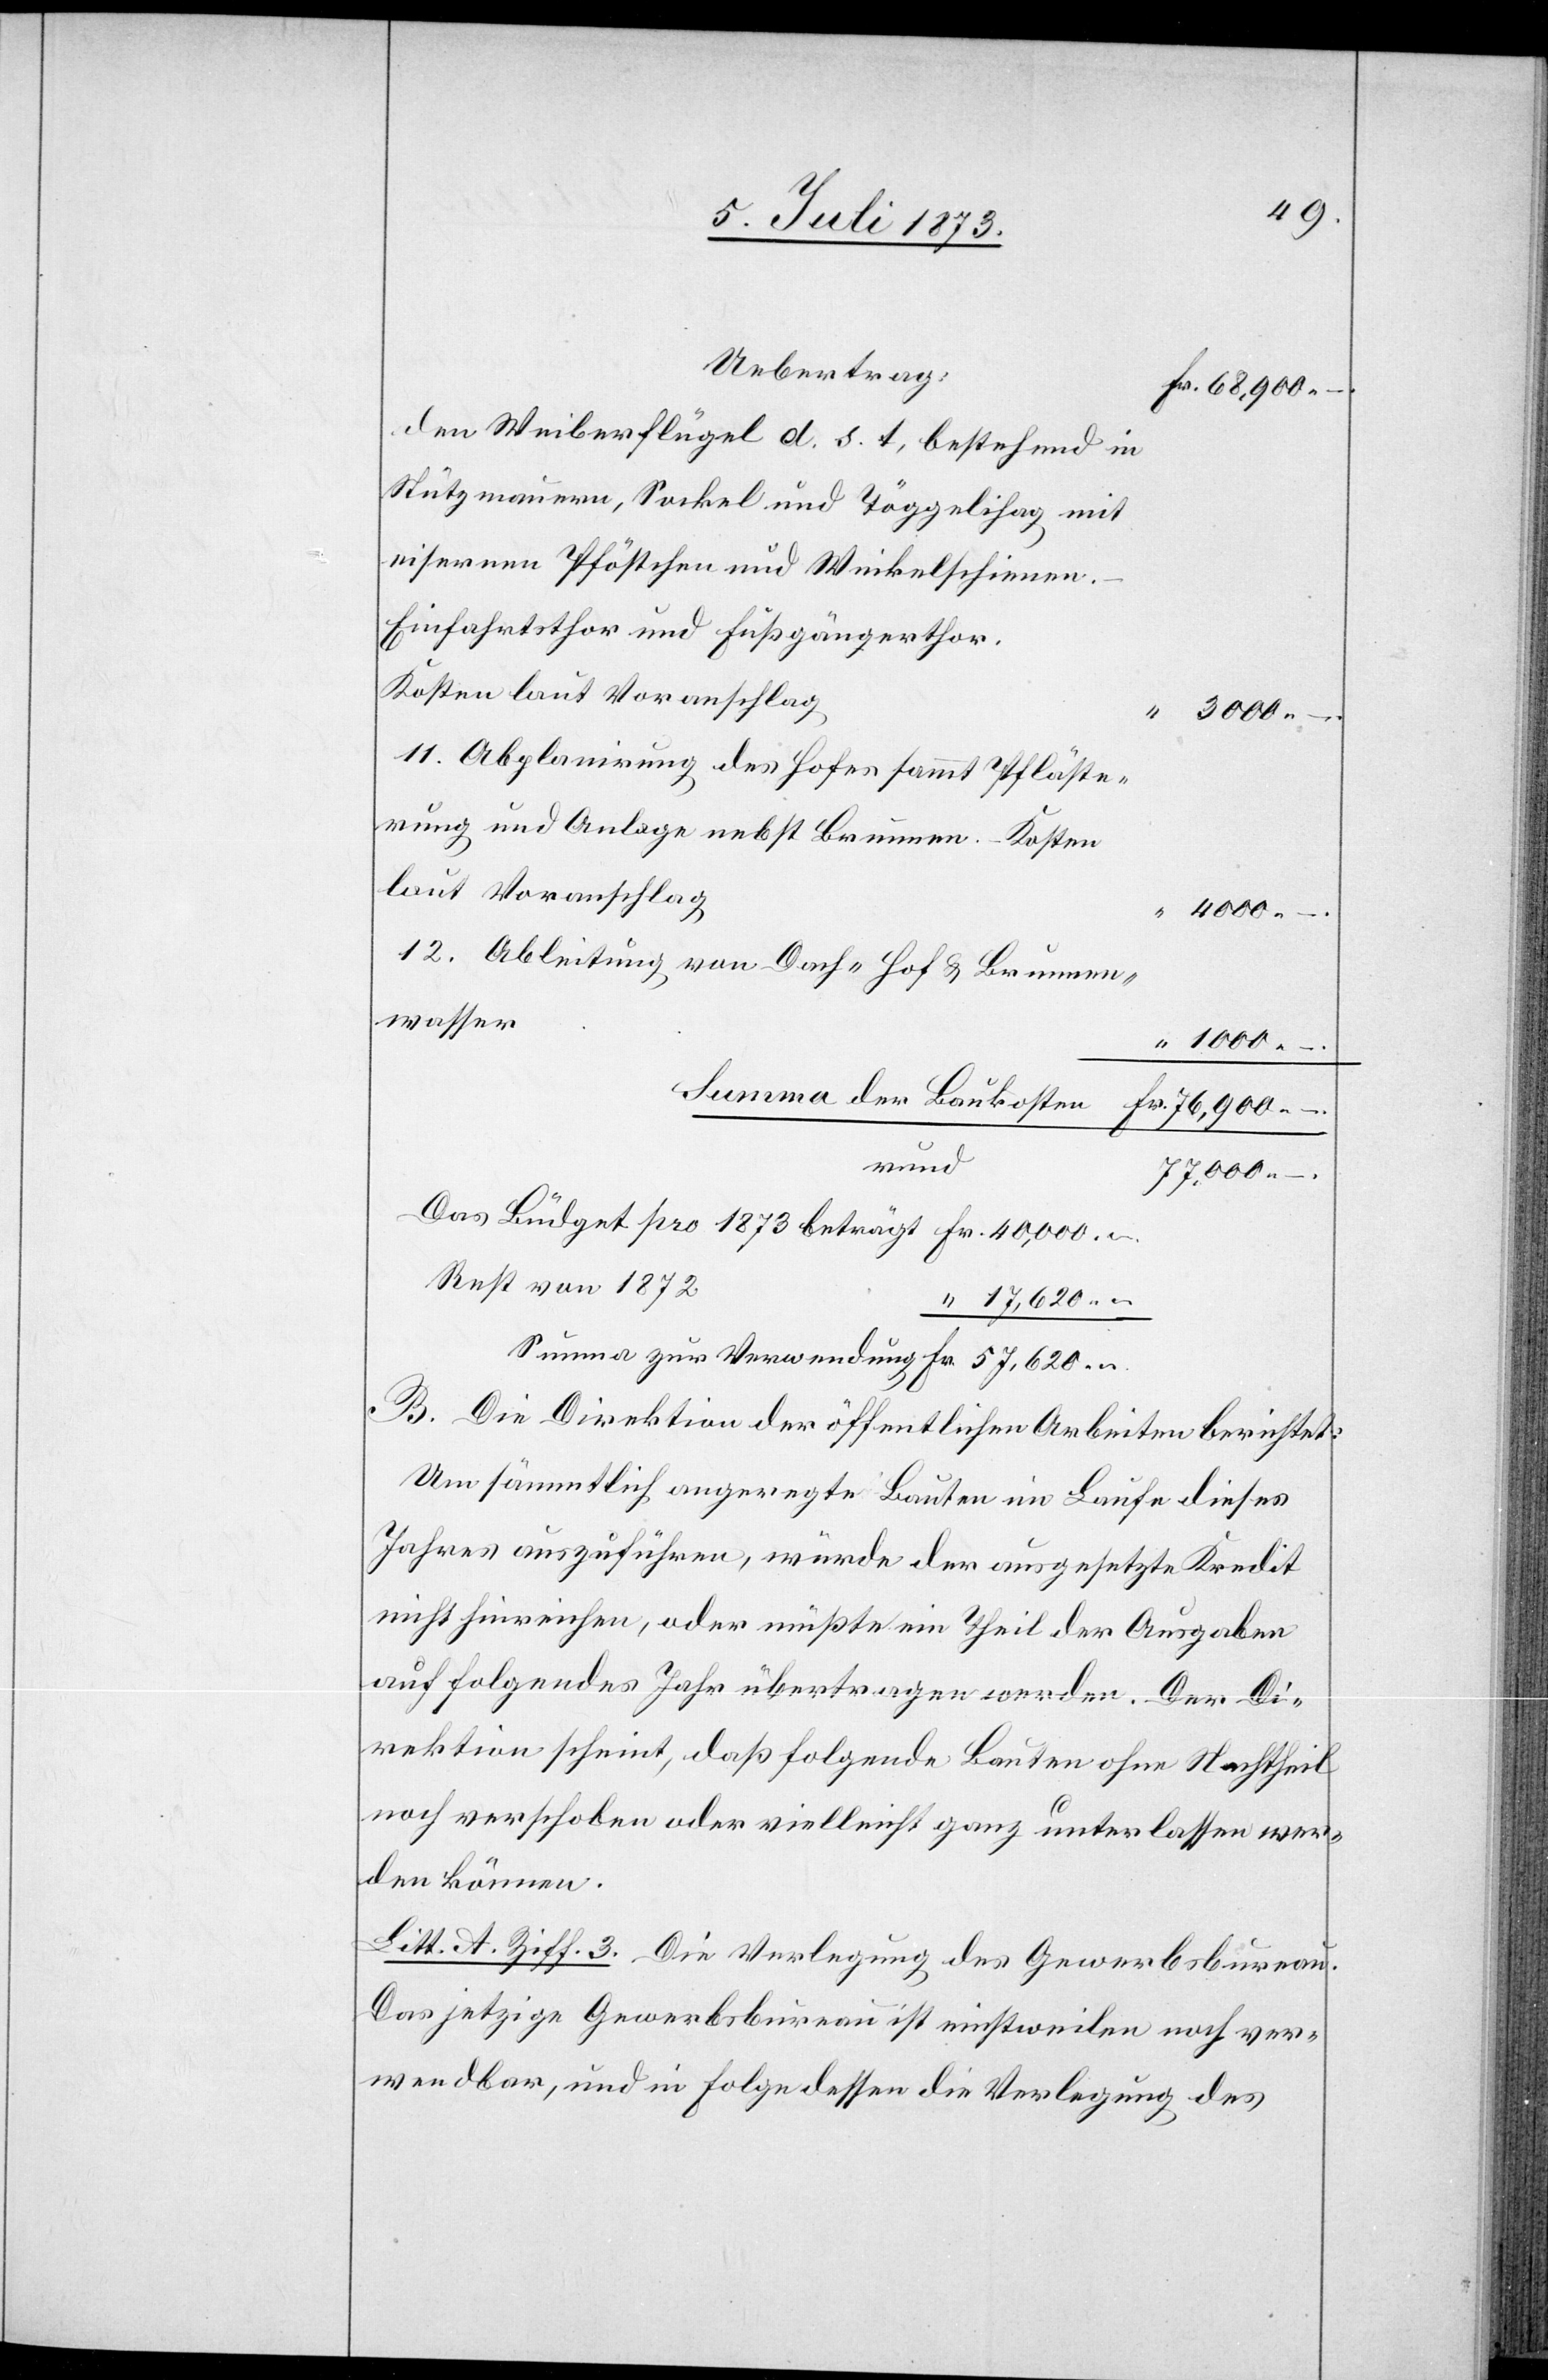
Uebertrag:
den Weiberflügel d. s. t, bestehend in
Stützmauern, Sockel und Töggelihag mit
eisernen Pföstchen und Winkelschienen.
Einfahrtsthor und Fußgängerthor.
Kosten laut Voranschlag
11. Abplanirung des Hofes sammt Pfläste¬
rung und Anlage nebst Brunnen. Kosten
laut Voranschlag
40,000
–.
12. Ableitung von Dach- Hof & Brunnen¬
wasser
rund
77,000 –.
Rest von 1872
17,620 –
B. Die Direktion der öffentlichen Arbeiten berichtet:
Um sämmtlich angeregte Bauten im Laufe dieses
Jahre auszuführen, würde der ausgesetzte Kredit
nicht hinreichen, oder müßte ein Theil der Ausgaben
auf folgendes Jahr übertragen werden. Der Di¬
rektion scheint, daß folgende Bauten ohne Nachtheil
noch verschoben oder vielleicht ganz unterlassen wer¬
den könnten.
Litt. A. Ziff. 3. Die Verlegung des Gewerbsbureau.
Das jetzige Gewerbsbureau ist einstweilen noch ver¬
wendbar, und in Folge dessen die Verlegung des